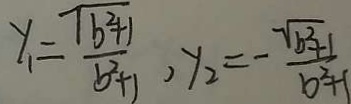
y _ { 1 } = \frac { \sqrt { b ^ { 2 } + 1 } } { b ^ { 2 } + 1 } , y _ { 2 } = - \frac { \sqrt { b ^ { 2 } + 1 } } { b ^ { 2 } + 1 }